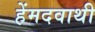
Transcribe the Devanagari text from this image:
हेंमदवाथी